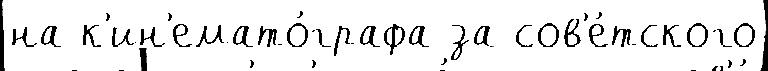
на к'ин'емато́графа за сов'е́тского